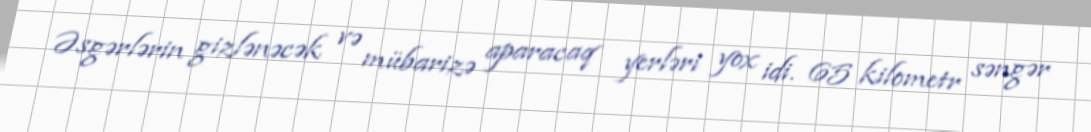
Əsgərlərin gizlənəcək və mübarizə aparacaq yerləri yox idi. 65 kilometr səngər